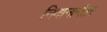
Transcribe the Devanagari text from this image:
निदानानंतर